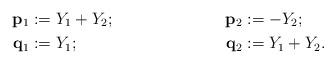
LaTeX: \begin{align*} \mathbf{p}_1 &:=Y_1+Y_2; & \mathbf{p}_2 &:=-Y_2; \\ \mathbf{q}_1 &:=Y_1; & \mathbf{q}_2 &:=Y_1+Y_2.\end{align*}